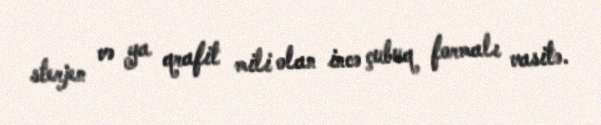
sterjen və ya qrafit mili olan incə çubuq formalı vasitə.